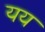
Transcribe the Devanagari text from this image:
यय